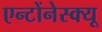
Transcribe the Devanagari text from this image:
एन्टोंनेस्क्यू